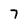
Character: 7